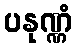
ပနုဏ္ဏံ